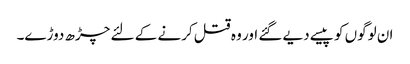
ان لوگوں کو پیسے دیے گئے اور وہ قتل کرنے کے لئے چڑھ دوڑے۔